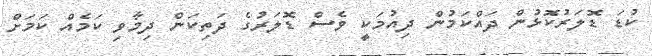
ކުޑަ ޑޮލަރުކޮޅުން ދައްކަމުން ދިއުމަކީ ވެސް ޑޮލަރުގެ ދަތިކަން ދިމާވި ކަމެއް ކަމަށް